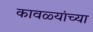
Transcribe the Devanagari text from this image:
कावळ्यांच्या